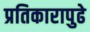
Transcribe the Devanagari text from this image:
प्रतिकारापुढे